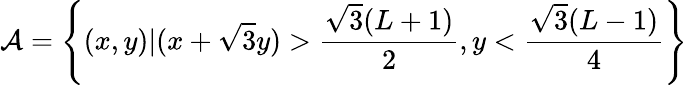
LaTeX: \mathcal{A}=\left\{ (x,y)|(x+\sqrt{3}y)>\frac{\sqrt{3}(L+1)}{2},y<\frac{\sqrt{3}(L-1)}{4}\right\}